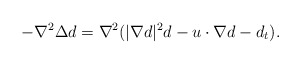
\begin{align*}-\nabla^2 \Delta d=\nabla^2(|\nabla d|^2 d- u\cdot \nabla d -d_t).\end{align*}